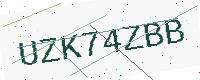
Text: UZK74ZBB